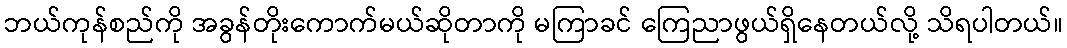
ဘယ်ကုန်စည်ကို အခွန်တိုးကောက်မယ်ဆိုတာကို မကြာခင် ကြေညာဖွယ်ရှိနေတယ်လို့ သိရပါတယ်။